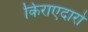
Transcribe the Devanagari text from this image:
किराएदारो